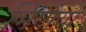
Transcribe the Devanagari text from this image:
भिंगोया